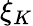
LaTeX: \xi_{K}